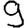
Digit: 9